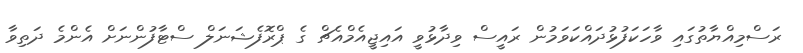
ރަސްމިއްޔާތުގައި ވާހަކަފުޅުދައްކަވަމުން ރައީސް ވިދާޅުވީ އައިޖީއެމްއެޗް ގެ ޕްރޮފެޝަނަލް ސްޓާފުންނަށް އެންމެ ދަތިވާ